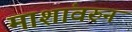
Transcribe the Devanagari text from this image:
माशांवरुन